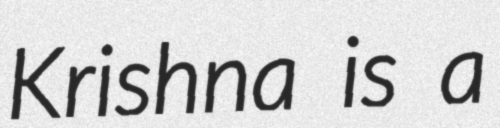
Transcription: Krishna is a